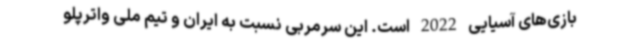
بازی‌های آسیایی 2022 است. این سرمربی نسبت به ایران و تیم ملی واترپلو